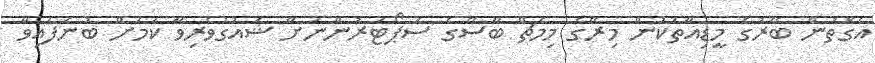
އެގޮތުން ބޭރުގެ މީޑިއާތަކުން މިރޭގެ މިމެޗް ބާސޭގެ ސަޕޯޓަރުންނަށް ޝައުގުވެރިވާ ކަމަށް ބުނެފައިވާ